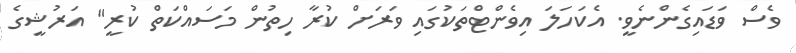
ވެސް ވަޑައިގެންނެވީ. އެކަހަލަ އިވެންޓްތަކުގައި ވަރަށް ކުރާ ހިތުން މަސައްކަތް ކުރީ" އަރުޝީގެ